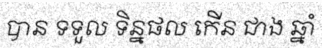
បាន ទទួល ទិន្នផល កើន ជាង ឆ្នាំ